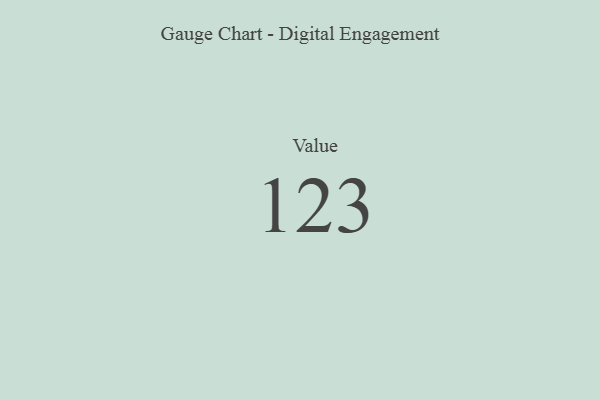
{"axis": {"x": "Metric", "y": "Value"}, "legend": [""], "data": [{"x": "Value", "y": 123, "type": ""}]}